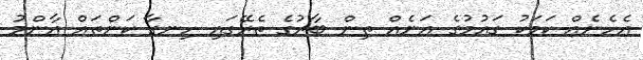
އެހެނެއް ކަމަކު ގައުމުގެ އަނެއް ތިން ބާރުގެ ތެރޭގައި ހިނގާ ކަންތައް އާންމު